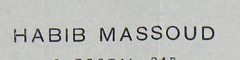
HABIB MASSOUD